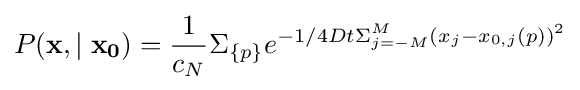
P(\mathbf {x} ,\mid \mathbf {x_{0}} )={\frac {1}{c_{N}}}\Sigma _{\{p\}}e^{-1/4Dt\Sigma _{j=-M}^{M}(x_{j}-x_{0,j}(p))^{2}}